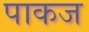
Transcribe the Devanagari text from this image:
पाकज